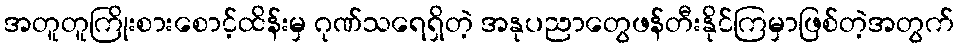
အတူတူကြိုးစားစောင့်ထိန်းမှ ဂုဏ်သရေရှိတဲ့ အနုပညာတွေဖန်တီးနိုင်ကြမှာဖြစ်တဲ့အတွက်